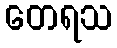
တေရသ